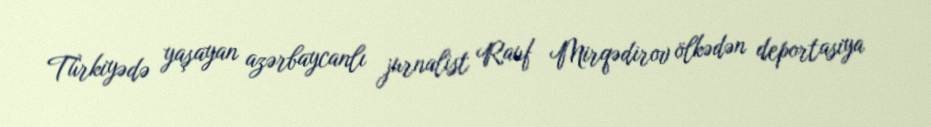
Türkiyədə yaşayan azərbaycanlı jurnalist Rauf Mirqədirov ölkədən deportasiya